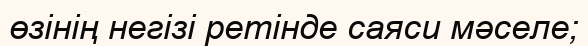
өзінің негізі ретінде саяси мәселе;